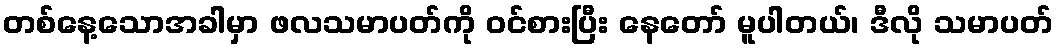
တစ်နေ့သောအခါမှာ ဖလသမာပတ်ကို ဝင်စားပြီး နေတော် မူပါတယ်၊ ဒီလို သမာပတ်